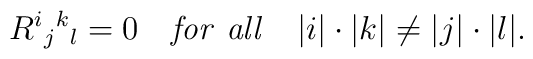
R^i{}_j{}^k{}_l=0\quad {\it for\ all}\quad |i|\cdot|k|\ne |j|\cdot|l|.